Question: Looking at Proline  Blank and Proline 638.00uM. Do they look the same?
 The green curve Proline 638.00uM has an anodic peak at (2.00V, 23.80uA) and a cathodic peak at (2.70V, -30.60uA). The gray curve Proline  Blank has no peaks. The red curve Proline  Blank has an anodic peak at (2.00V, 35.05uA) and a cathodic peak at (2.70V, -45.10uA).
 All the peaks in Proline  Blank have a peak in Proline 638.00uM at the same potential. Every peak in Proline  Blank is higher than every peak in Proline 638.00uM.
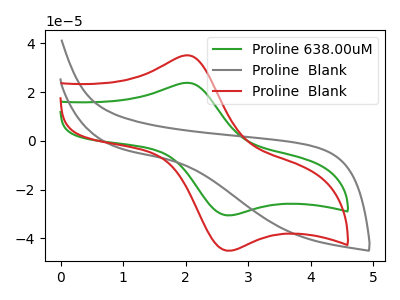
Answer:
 <answer>"Proline  Blank" and "Proline 638.00uM" are similar in shape.</answer>
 <eval>same_shape</eval>